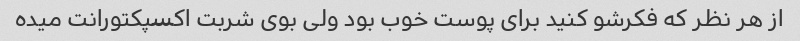
از هر نظر که فکرشو کنید برای پوست خوب بود ولی بوی شربت اکسپکتورانت میده